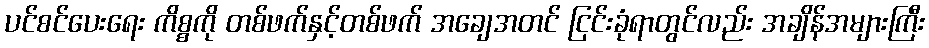
ပင်စင်ပေးရေး ကိစ္စကို တစ်ဖက်နှင့်တစ်ဖက် အချေအတင် ငြင်းခုံရာတွင်လည်း အချိန်အများကြီး